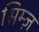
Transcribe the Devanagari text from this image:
सिम्ज़